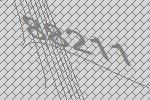
88211